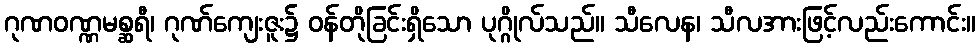
ဂုဏဝဏ္ဏမစ္ဆရီ၊ ဂုဏ်ကျေးဇူး၌ ဝန်တိုခြင်းရှိသော ပုဂ္ဂိုလ်သည်။ သီလေန၊ သီလအားဖြင့်လည်းကောင်း။